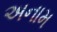
અનામ